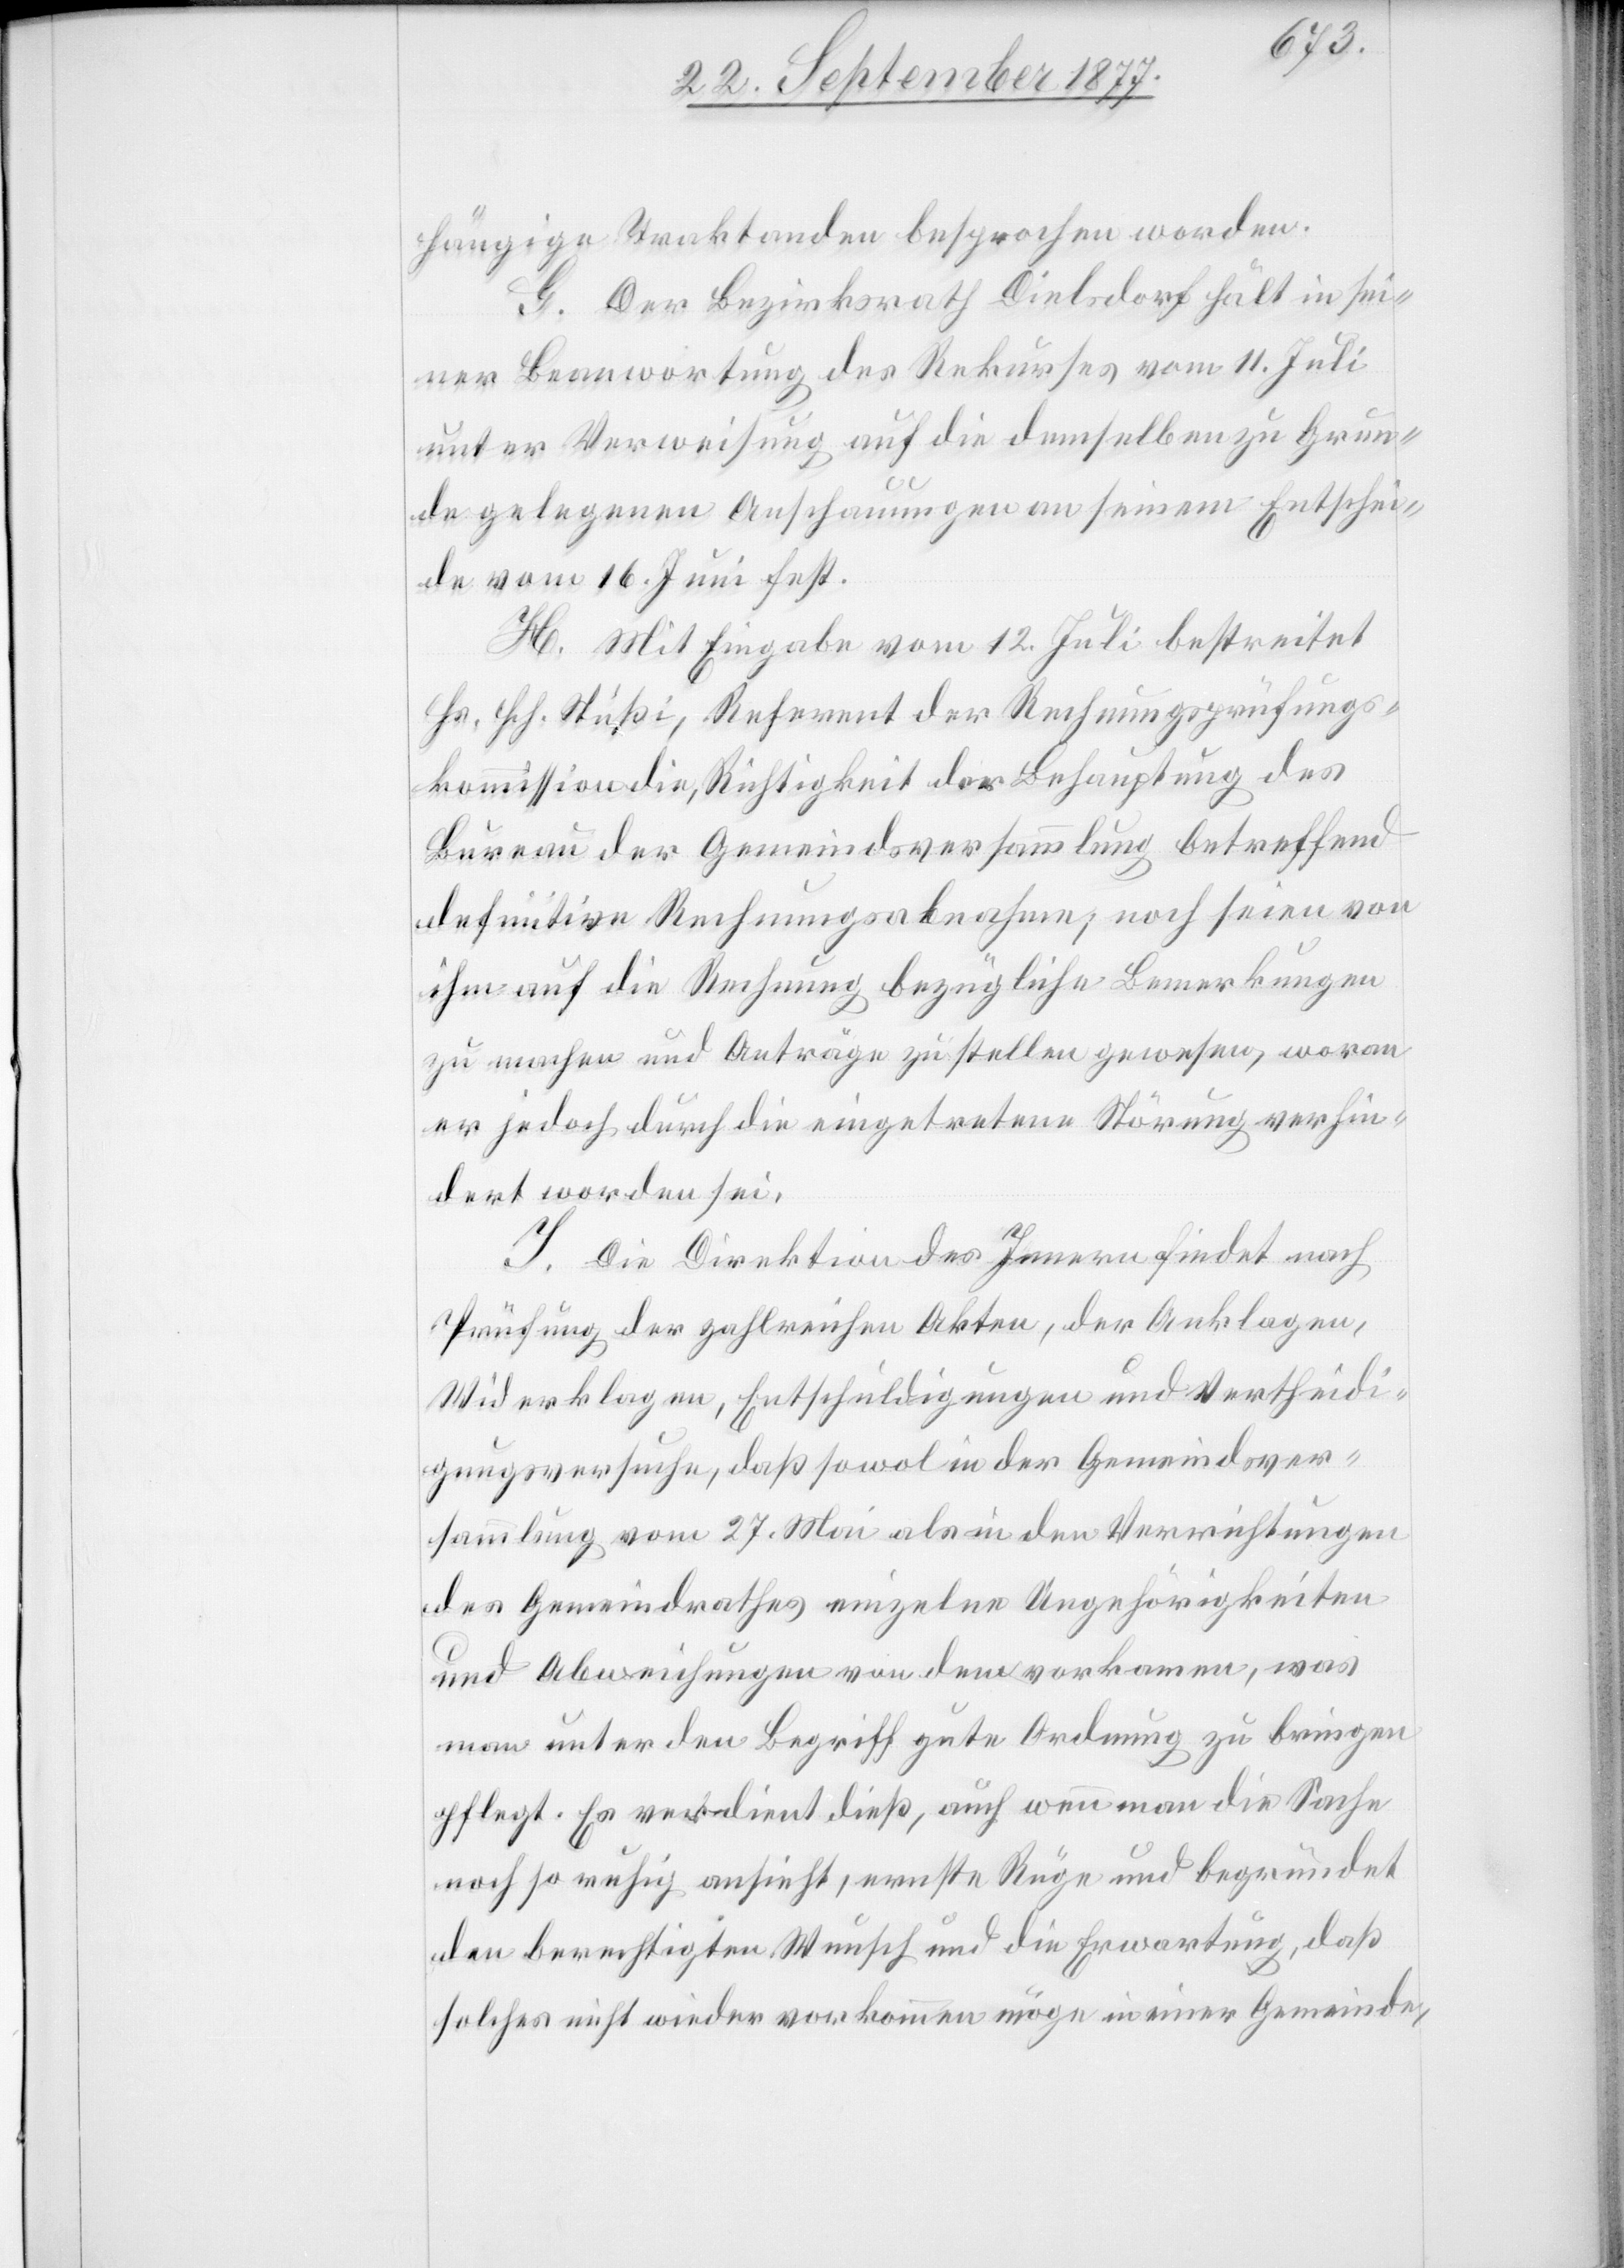
hängige Traktanden besprochen worden.
G. Der Bezirksrath Dielsdorf hält in sei¬
ner Bean[t]wortung des Rekurses vom 11. Juli
unter Verweisung auf die demselben zu Grun¬
de gelegenen Anschauungen an seinem Entschei¬
de vom 16. Juni fest.
H. Mit Eingabe vom 12. Juli bestreitet
Hs. Hch. Stüßi, Referent der Rechnungsprüfungs¬
kommission die, Richtigkeit der Behauptung des
Bureau der Gemeindsversammlung betreffend
definitive Rechnungsabnahme; noch seien von
ihm auf die Rechnung bezügliche Bemerkungen
zu machen und Anträge zu stellen gewesen, woran
er jedoch durch die eingetretene Störung verhin¬
dert worden sei.
I. Die Direktion des Innern findet nach
Prüfung der zahlreichen Akten, der Anklagen,
Widerklagen, Entschuldigungen und Vertheidi¬
gungsversuche, daß sowol in der Gemeindsver¬
sammlung vom 27. Mai als in den Verrichtungen
des Gemeindrathes einzelne Ungehörigkeiten
und Abweichungen von dem vorkamen, was
man unter den Begriff gute Ordnung zu bringen
pflegt. Es verdient dieß, auch wenn man die Sache
noch so ruhig ansieht, ernste Rüge und begründet
den berechtigten Wunsch und die Erwartung, daß
solches nicht wieder vorkommen möge in einer Gemeinde,